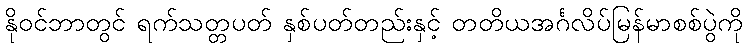
နိုဝင်ဘာတွင် ရက်သတ္တပတ် နှစ်ပတ်တည်းနှင့် တတိယအင်္ဂလိပ်မြန်မာစစ်ပွဲကို